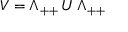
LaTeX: V = \Lambda _ { + + } \, U \, \Lambda _ { + + }